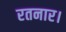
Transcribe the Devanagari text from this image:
रतनार।